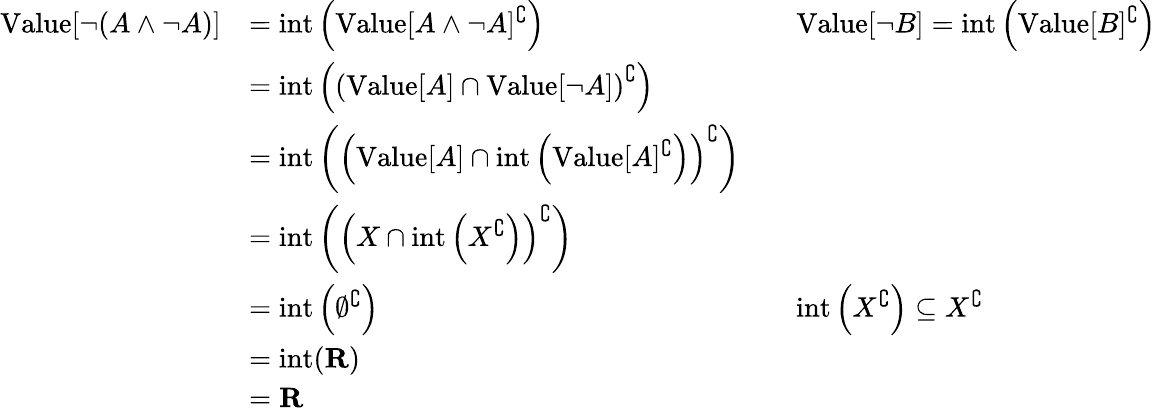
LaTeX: {\begin{array}{rlrl}{{\mathrm{Value}}[\neg(A\land\neg A)]}&{={\mathrm{int}}\left({\mathrm{Value}}[A\land\neg A]^{\complement}\right)}&&{{\mathrm{Value}}[\neg B]={\mathrm{int}}\left({\mathrm{Value}}[B]^{\complement}\right)}\\ &{={\mathrm{int}}\left(\left({\mathrm{Value}}[A]\cap{\mathrm{Value}}[\neg A]\right)^{\complement}\right)}\\ &{={\mathrm{int}}\left(\left({\mathrm{Value}}[A]\cap{\mathrm{int}}\left({\mathrm{Value}}[A]^{\complement}\right)\right)^{\complement}\right)}\\ &{={\mathrm{int}}\left(\left(X\cap{\mathrm{int}}\left(X^{\complement}\right)\right)^{\complement}\right)}\\ &{={\mathrm{int}}\left(\emptyset^{\complement}\right)}&&{{\mathrm{int}}\left(X^{\complement}\right)\subseteq X^{\complement}}\\ &{={\mathrm{int}}(\mathbf{R})}\\ &{=\mathbf{R}}\end{array}}